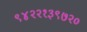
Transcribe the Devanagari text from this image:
९४२२१३९७२०